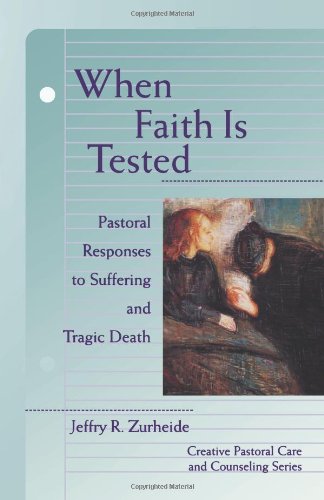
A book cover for When Faith is Tested (Creative Pastoral Care and Counseling) (Creative Pastoral Care & Counseling); Jeffry Zurheide; Christian Books & Bibles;